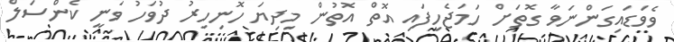
ވެވަޑައިގަންނަވާ ގޮތަށް ހަމަޖެހިފައި އޮތް އޮތުން މިދިޔަ ހޮނިހިރު ދުވަހު ވަނީ ކެންސަލް